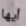
أيها